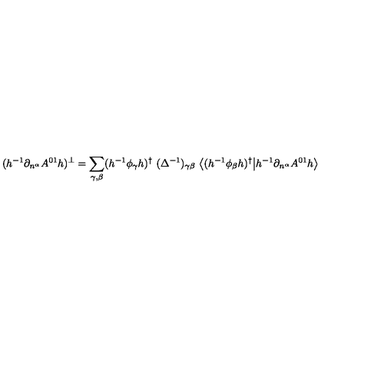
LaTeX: ( h ^ { - 1 } \partial _ { n ^ { \alpha } } A ^ { 0 1 } h ) ^ { \bot } = \sum _ { \gamma , \beta } ( h ^ { - 1 } \phi _ { \gamma } h ) ^ { \dagger } \ ( \Delta ^ { - 1 } ) _ { \gamma \beta } \ \big \langle ( h ^ { - 1 } \phi _ { \beta } h ) ^ { \dagger } \big | h ^ { - 1 } \partial _ { n ^ { \alpha } } A ^ { 0 1 } h \big \rangle